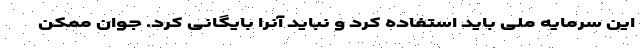
این سرمایه ملی باید استفاده کرد و نباید آنرا بایگانی کرد. جوان ممکن